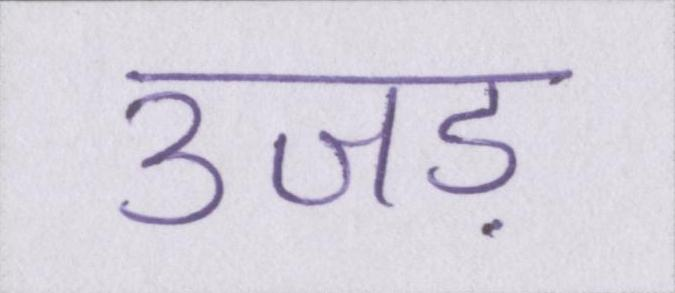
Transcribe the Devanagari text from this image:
उजड़